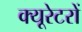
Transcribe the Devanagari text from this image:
क्यूरेटरों